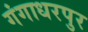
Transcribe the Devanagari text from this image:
गंगाधरपुर